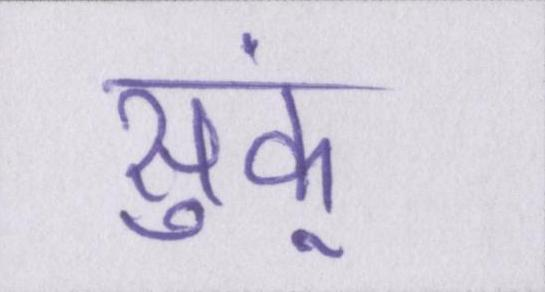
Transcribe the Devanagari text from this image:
सुकूं